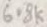
Text: 6.8K